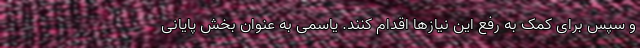
و سپس برای کمک به رفع این نیازها اقدام کنند. یاسمی به عنوان بخش پایانی